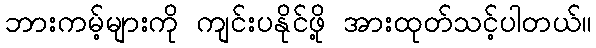
ဘားကမ့်များကို ကျင်းပနိုင်ဖို့ အားထုတ်သင့်ပါတယ်။